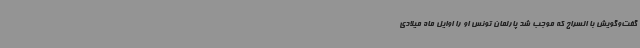
گفت‌وگویش با السراج که موجب شد پارلمان تونس او را اوایل ماه میلادی